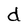
Character: d